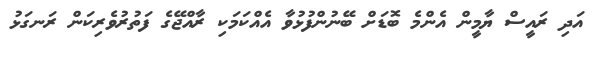
އަދި ރައީސް ޔާމީން އެންމެ ބޮޑަށް ބޭނުންފުޅުވާ އެއްކަމަކި ރާއްޖޭގެ ފަތުރުވެރިކަން ރަނގަޅު